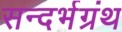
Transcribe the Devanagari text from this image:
सन्दर्भग्रंथ